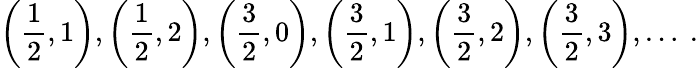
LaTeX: \left(\frac 12,1\right),\left(\frac 12,2\right),\left(\frac 32,0\right),\left(\frac 32,1\right),\left(\frac 32,2\right),\left(\frac 32,3\right),\ldots\ .